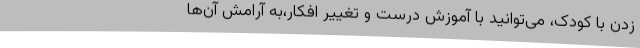
زدن با کودک، می‌توانید با آموزش درست و تغییر افکار،به آرامش آن‌ها